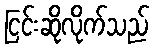
ငြင်းဆိုလိုက်သည်